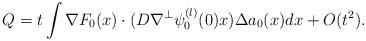
LaTeX: \begin{align*}Q = t \int \nabla F_0(x) \cdot (D \nabla^{\perp} \psi_0^{(l)}(0) x) \Delta a_0(x) dx +O(t^2).\end{align*}